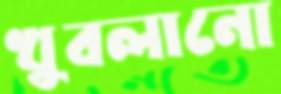
খুবলানো